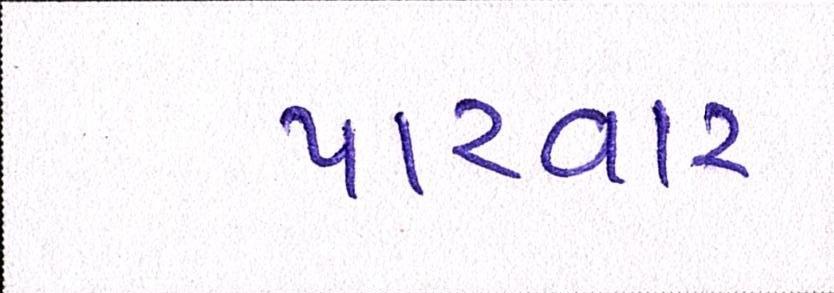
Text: પારવાર